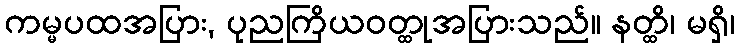
ကမ္မပထအပြား, ပုညကြိယဝတ္ထုအပြားသည်။ နတ္ထိ၊ မရှိ၊